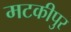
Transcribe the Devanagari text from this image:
मटकीपुर